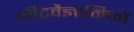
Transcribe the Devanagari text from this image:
कीटवैज्ञानिकों